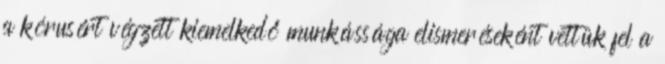
a kórusért végzett kiemelkedő munkássága elismeréseként vettük fel a